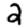
Digit: 2